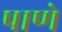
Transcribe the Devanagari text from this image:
पाणे